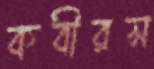
কবীরস